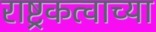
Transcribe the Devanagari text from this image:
राष्ट्रकत्वाच्या